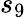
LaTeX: s_{9}